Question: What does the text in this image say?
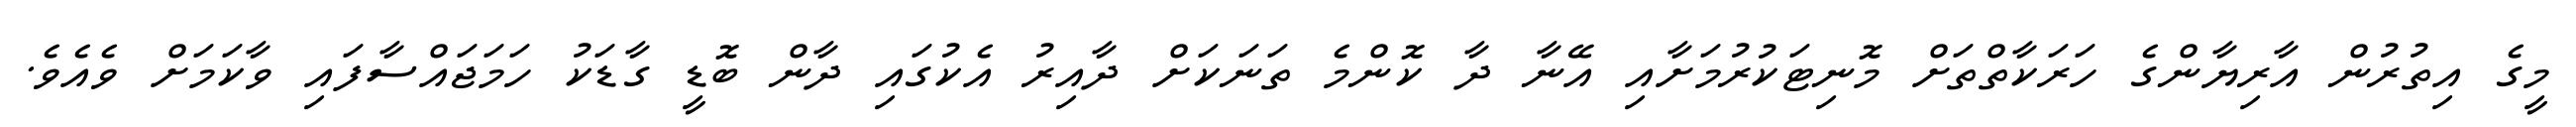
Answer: މީގެ އިތުރުން އާރިޔާންގެ ހަރަކާތްތަށް މޮނިޓަކުރުމަށާއި އޭނާ ދާ ކޮންމެ ތަނަކަށް ދާއިރު އެކުގައި ދާން ބޮޑީ ގާޑަކު ހަމަޖައްސާފައި ވާކަމަށް ވެއެވެ.